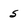
Character: 5